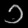
Digit: ၁